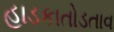
હાડકાતોડતાવ